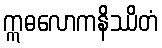
ဣဓလောကနိဿိတံ